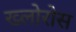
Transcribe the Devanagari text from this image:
ख्लोरोस